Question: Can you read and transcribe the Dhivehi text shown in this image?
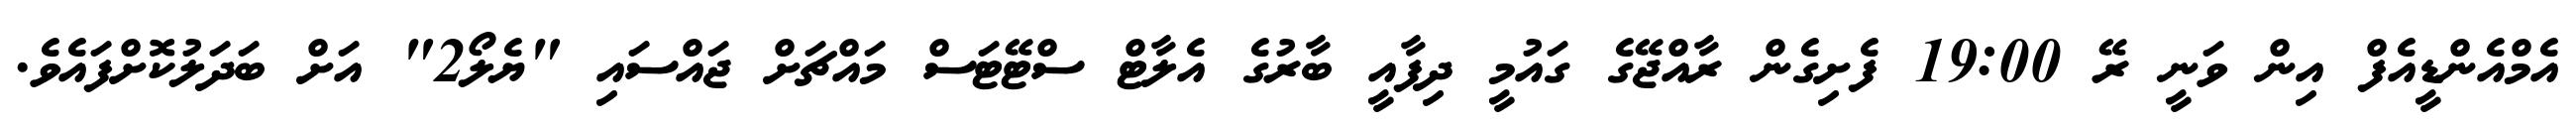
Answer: އެމްއެންޑީއެފް އިން ވަނީ ރޭ 19:00 ފެށިގެން ރާއްޖޭގެ ގައުމީ ދިފާއީ ބާރުގެ އެލާޓް ސްޓޭޓަސް މައްޗަށް ޖައްސައި "ޔެލޯ2" އަށް ބަދަލުކޮށްފައެވެ.